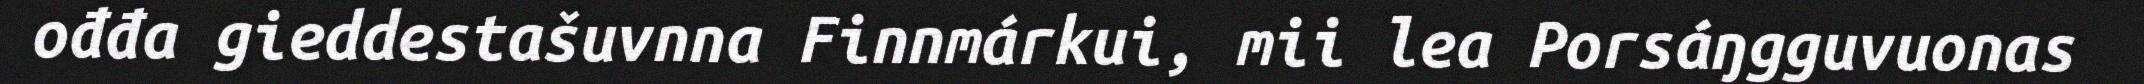
ođđa gieddestašuvnna Finnmárkui, mii lea Porsáŋgguvuonas